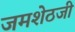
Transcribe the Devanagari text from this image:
जमशेठजी